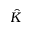
\hat { K }